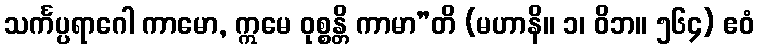
သင်္ကပ္ပရာဂေါ ကာမော, ဣမေ ဝုစ္စန္တိ ကာမာ”တိ (မဟာနိ။ ၁၊ ဝိဘ။ ၅၆၄) ဧဝံ